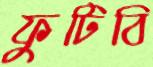
ফুটিবি